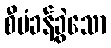
စီမံခန့်ခွဲသော